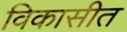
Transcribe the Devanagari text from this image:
विकासीत